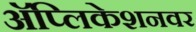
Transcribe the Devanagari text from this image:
अॅप्लिकेशनवर